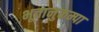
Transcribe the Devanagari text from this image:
भूतानुकम्पा